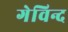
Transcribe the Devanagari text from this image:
गेविन्द